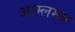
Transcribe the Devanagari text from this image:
आम्लमय